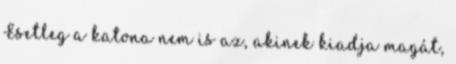
Esetleg a katona nem is az, akinek kiadja magát,